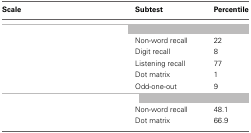
<table><thead><tr><td><b>Scale</b></td><td><b>Subtest</b></td><td><b>Percentile</b></td></tr></thead><tbody><tr><td colspan="3">[EMPTY_CELL]</td></tr><tr><td>[EMPTY_CELL]</td><td>Non-word recall</td><td>22</td></tr><tr><td>[EMPTY_CELL]</td><td>Digit recall</td><td>8</td></tr><tr><td>[EMPTY_CELL]</td><td>Listening recall</td><td>77</td></tr><tr><td>[EMPTY_CELL]</td><td>Dot matrix</td><td>1</td></tr><tr><td>[EMPTY_CELL]</td><td>Odd-one-out</td><td>9</td></tr><tr><td colspan="3">[EMPTY_CELL]</td></tr><tr><td>[EMPTY_CELL]</td><td>Non-word recall</td><td>48.1</td></tr><tr><td>[EMPTY_CELL]</td><td>Dot matrix</td><td>66.9</td></tr></tbody></table>